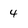
Character: 4